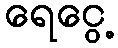
ရေငွေ့